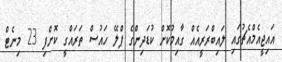
އައިޖީއެމްއެޗުގައި ލައިބްރަރީއެއް ގާއިމުކޮށް ކުޑަދިންގެ ޕްލޭ ހައުސް ތަރައްގީ ކޮށްފި 23 މިނެޓް